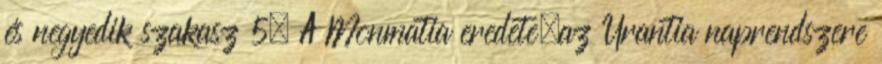
és negyedik szakasz 5. A Monmatia eredete—az Urantia naprendszere